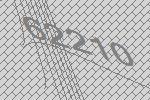
62210